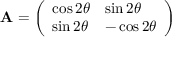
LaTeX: \mathbf { A } = { \left( \begin{array} { l l } { \cos { 2 \theta } } & { \sin { 2 \theta } } \\ { \sin { 2 \theta } } & { - \cos { 2 \theta } } \end{array} \right) }